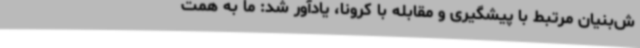
ش‌بنیان مرتبط با پیشگیری و مقابله با کرونا، یادآور شد: ما به همت